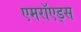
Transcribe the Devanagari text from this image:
एमरॉएड्स